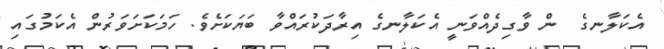
އެކަލާނގެ  ން ވާގިދެއްވަނީ އެކަލާނގެ އިރާދަކުރައްވާ ބަޔަކަށެވެ. ހަމަކަށަވަރުން އެކަމުގައި